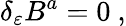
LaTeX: \delta_{\varepsilon}B^{a}=0~,